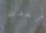
أخدت